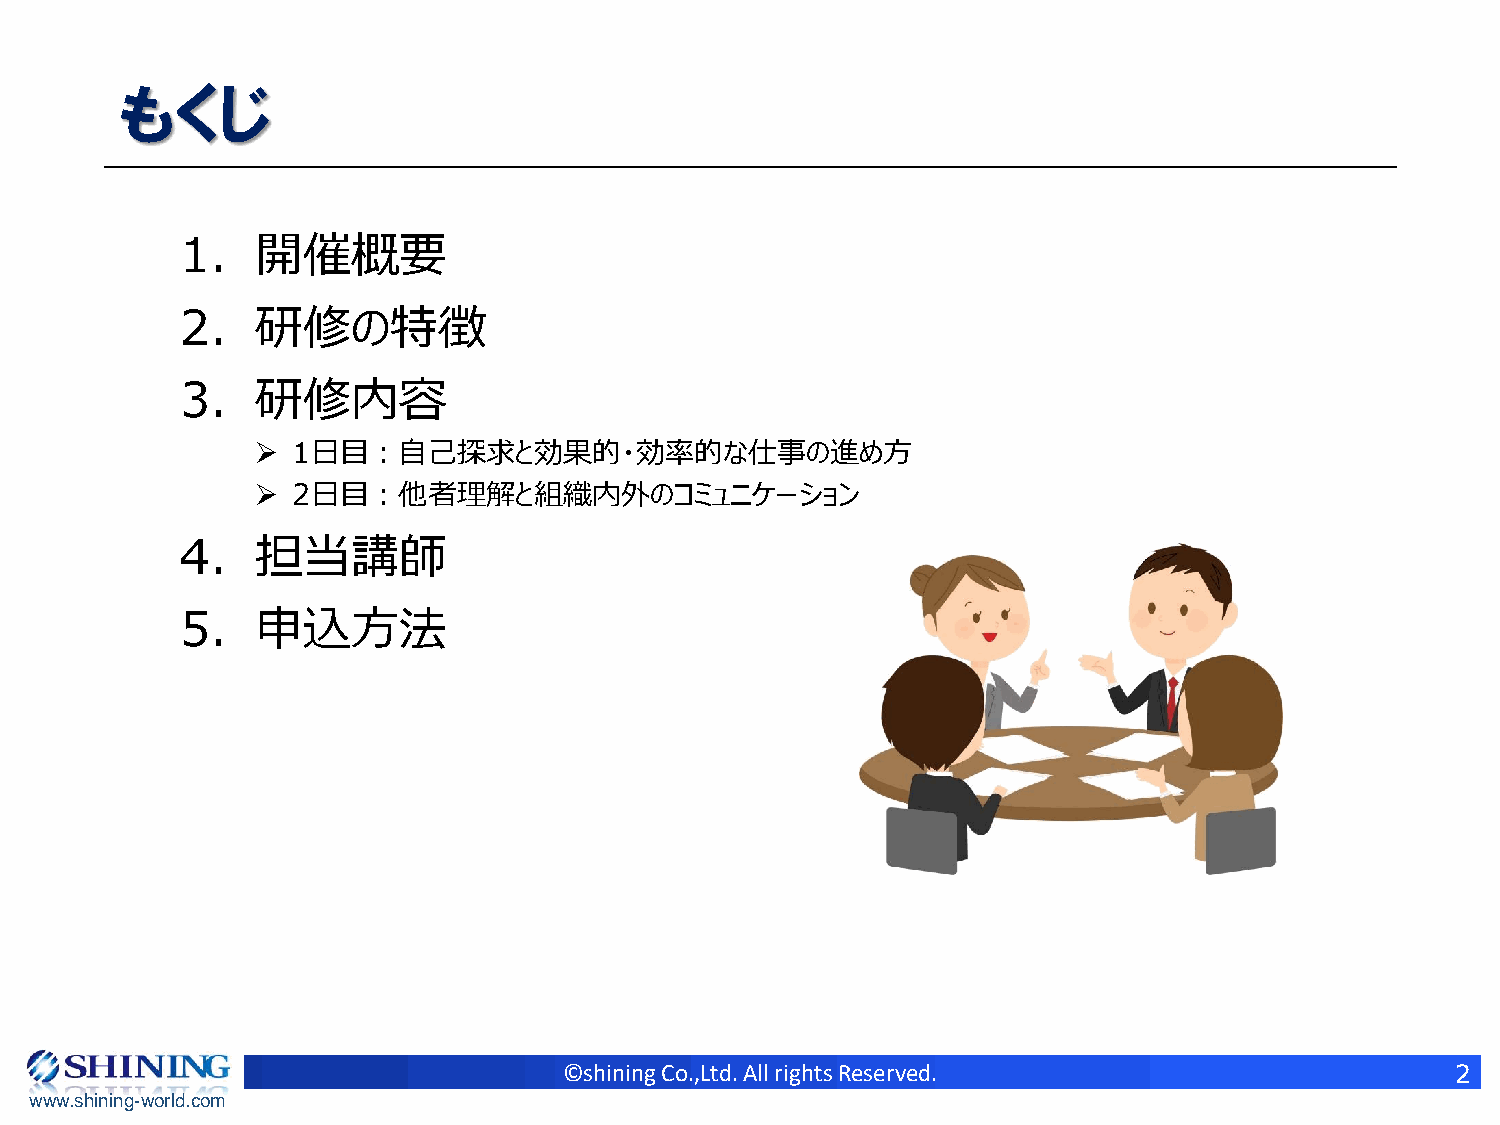
もくじ
 1.   開催概要
 2.   研修の特徴
 3.   研修内容
 ➢ 1日目：自己探求と効果的・効率的な仕事の進め方
 ➢ 2日目：他者理解と組織内外のコミュニケーション
 4.   担当講師
 5.   申込方法
 ©shining Co.,Ltd. All rights Reserved.                     2
 www.shining-world.com